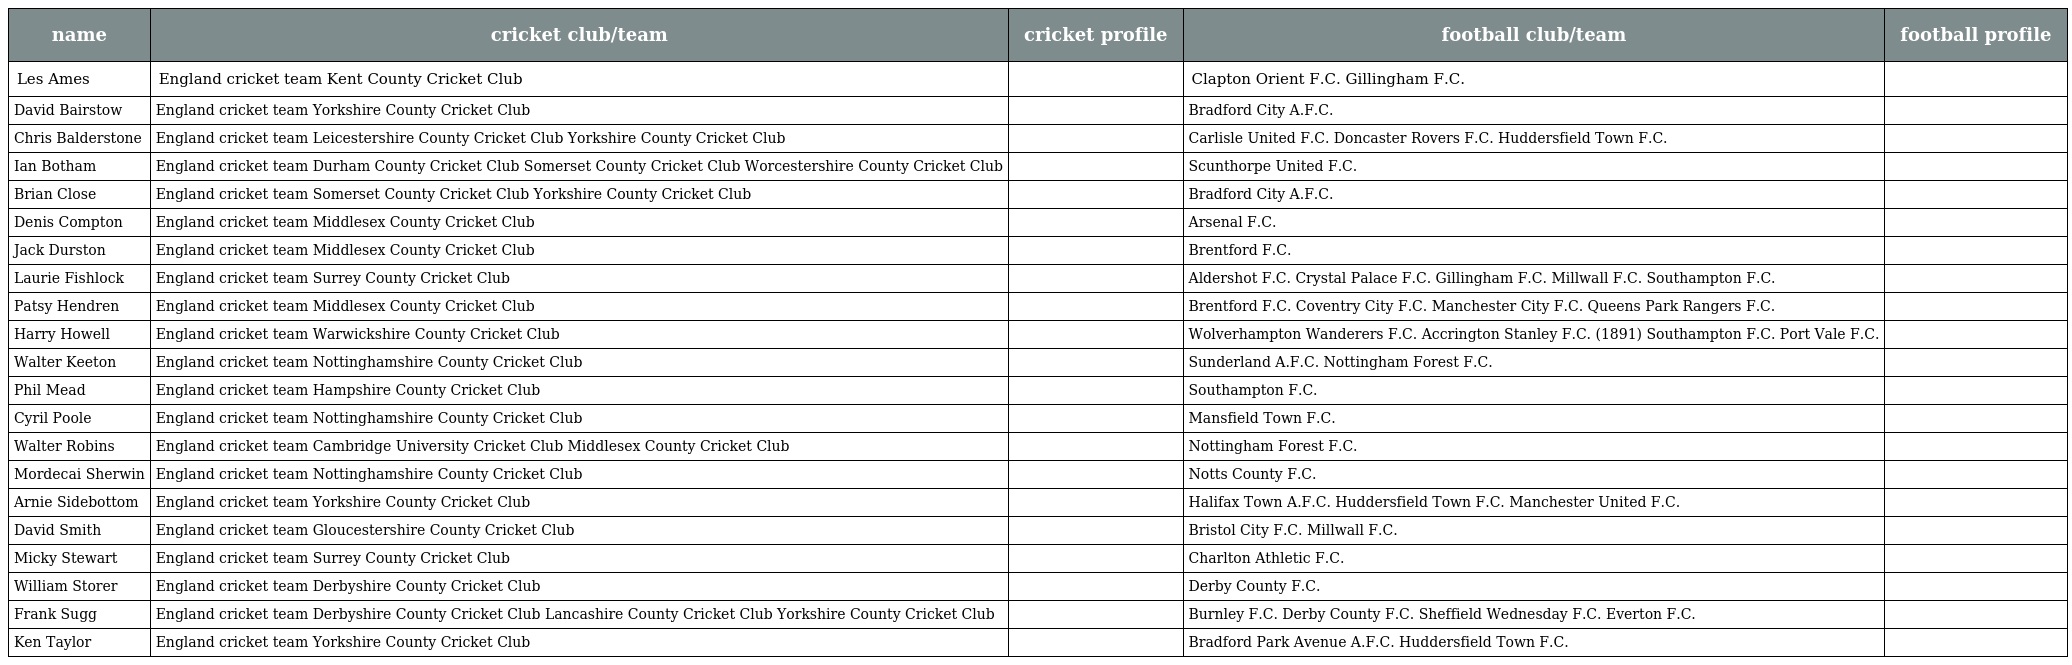
| name | cricket club/team | cricket profile | football club/team | football profile |
 | --- | --- | --- | --- | --- |
 | Les Ames | England cricket team Kent County Cricket Club |  | Clapton Orient F.C. Gillingham F.C. |  |
 | David Bairstow | England cricket team Yorkshire County Cricket Club |  | Bradford City A.F.C. |  |
 | Chris Balderstone | England cricket team Leicestershire County Cricket Club Yorkshire County Cricket Club |  | Carlisle United F.C. Doncaster Rovers F.C. Huddersfield Town F.C. |  |
 | Ian Botham | England cricket team Durham County Cricket Club Somerset County Cricket Club Worcestershire County Cricket Club |  | Scunthorpe United F.C. |  |
 | Brian Close | England cricket team Somerset County Cricket Club Yorkshire County Cricket Club |  | Bradford City A.F.C. |  |
 | Denis Compton | England cricket team Middlesex County Cricket Club |  | Arsenal F.C. |  |
 | Jack Durston | England cricket team Middlesex County Cricket Club |  | Brentford F.C. |  |
 | Laurie Fishlock | England cricket team Surrey County Cricket Club |  | Aldershot F.C. Crystal Palace F.C. Gillingham F.C. Millwall F.C. Southampton F.C. |  |
 | Patsy Hendren | England cricket team Middlesex County Cricket Club |  | Brentford F.C. Coventry City F.C. Manchester City F.C. Queens Park Rangers F.C. |  |
 | Harry Howell | England cricket team Warwickshire County Cricket Club |  | Wolverhampton Wanderers F.C. Accrington Stanley F.C. (1891) Southampton F.C. Port Vale F.C. |  |
 | Walter Keeton | England cricket team Nottinghamshire County Cricket Club |  | Sunderland A.F.C. Nottingham Forest F.C. |  |
 | Phil Mead | England cricket team Hampshire County Cricket Club |  | Southampton F.C. |  |
 | Cyril Poole | England cricket team Nottinghamshire County Cricket Club |  | Mansfield Town F.C. |  |
 | Walter Robins | England cricket team Cambridge University Cricket Club Middlesex County Cricket Club |  | Nottingham Forest F.C. |  |
 | Mordecai Sherwin | England cricket team Nottinghamshire County Cricket Club |  | Notts County F.C. |  |
 | Arnie Sidebottom | England cricket team Yorkshire County Cricket Club |  | Halifax Town A.F.C. Huddersfield Town F.C. Manchester United F.C. |  |
 | David Smith | England cricket team Gloucestershire County Cricket Club |  | Bristol City F.C. Millwall F.C. |  |
 | Micky Stewart | England cricket team Surrey County Cricket Club |  | Charlton Athletic F.C. |  |
 | William Storer | England cricket team Derbyshire County Cricket Club |  | Derby County F.C. |  |
 | Frank Sugg | England cricket team Derbyshire County Cricket Club Lancashire County Cricket Club Yorkshire County Cricket Club |  | Burnley F.C. Derby County F.C. Sheffield Wednesday F.C. Everton F.C. |  |
 | Ken Taylor | England cricket team Yorkshire County Cricket Club |  | Bradford Park Avenue A.F.C. Huddersfield Town F.C. |  |